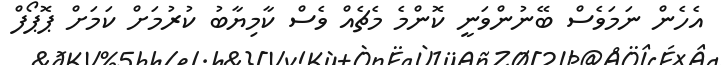
އެހެން ނަމަވެސް ބޭނުންވަނީ ކޮންމެ މެޗެއް ވެސް ކާމިޔާބު ކުރުމަށް ކަމަށް ޕޮޕޯފް